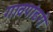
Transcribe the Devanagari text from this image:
गावपांढरी